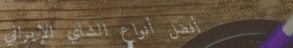
أفضل أنواع الشاي الإيراني